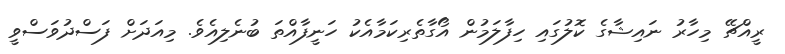
ރީއްޗޭ މިހާރު ނައިޝާގެ ކޮލުގައި ހިފާލަމުން އޯގާތެރިކަމާއެކު ހަނީފާއްތަ ބުނެލިއެވެ. މިއަދަށް ފަސްދުވަސްވީ